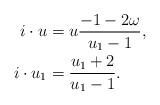
LaTeX: \begin{align*}i\cdot u &= u \frac{-1-2\omega}{u_1-1},\\ i\cdot u_1 & = \frac{u_1+2}{u_1-1}.\end{align*}